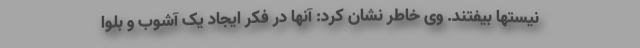
نیستها بیفتند. وی خاطر نشان کرد: آنها در فکر ایجاد یک آشوب و بلوا